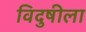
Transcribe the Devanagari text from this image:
विदुषीला